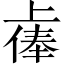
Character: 𫠷